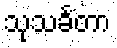
သုသင်္ခတာ